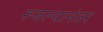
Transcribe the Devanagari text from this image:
रुजल्यानंतर